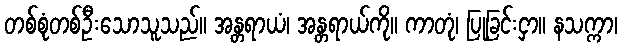
တစ်စုံတစ်ဦးသောသူသည်။ အန္တရာယံ၊ အန္တရာယ်ကို။ ကာတုံ၊ ပြုခြင်းငှာ။ နသက္ကာ၊